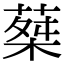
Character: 𦵴